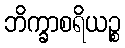
ဘိက္ခာစရိယဉ္စ